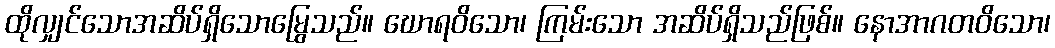
ထိုလျှင်သောအဆိပ်ရှိသောမြွေသည်။ ဃောရဝိသော၊ ကြမ်းသော အဆိပ်ရှိသည်ဖြစ်။ နောအာဂတဝိသော၊